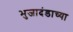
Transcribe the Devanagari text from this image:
भुजादंडाच्या